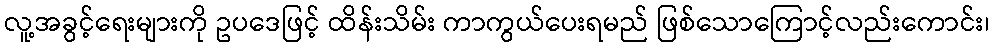
လူ့အခွင့်ရေးများကို ဥပဒေဖြင့် ထိန်းသိမ်း ကာကွယ်ပေးရမည် ဖြစ်သောကြောင့်လည်းကောင်း၊